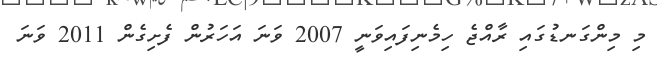
މި މިންގަނޑުގައި ރާއްޖެ ހިމެނިފައިވަނީ 2007 ވަނަ އަހަރުން ފެށިގެން 2011 ވަނަ